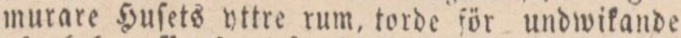
murare Huſets yttre rum, torde för undwikande